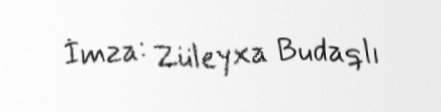
İmza: Züleyxa Budaqlı